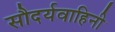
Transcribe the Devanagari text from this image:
सौदर्यवाहिनी